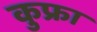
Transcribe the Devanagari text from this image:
कुफ्रा